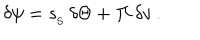
LaTeX: \delta \psi = { s _ { _ \mathrm { S } } } \, \delta \Theta + { \mit \Pi } \, \delta v \ .